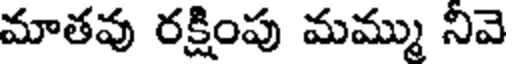
మాతవు రక్షింపు మమ్ము నివె